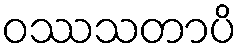
ဝဿသတာပိ